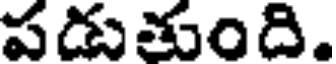
పడుతుంది.